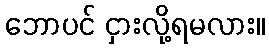
ဘောပင် ငှားလို့ရမလား။